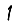
Digit: 1